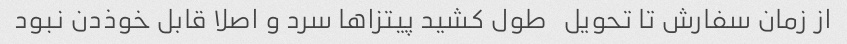
از زمان سفارش تا تحویل   طول کشید پیتزاها سرد و اصلا قابل خوذدن نبود